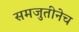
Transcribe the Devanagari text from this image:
समजुतीनेच